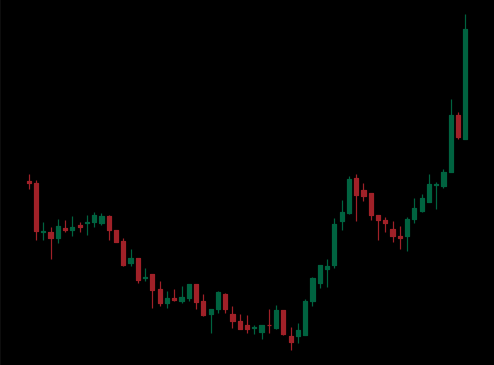
Pattern: inverse_head_shoulders